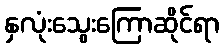
နှလုံးသွေးကြောဆိုင်ရာ